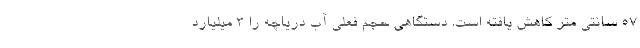
۵۷ سانتی متر کاهش یافته است. دستگاهی حجم فعلی آب دریاچه را ۳ میلیارد